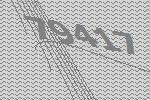
79417